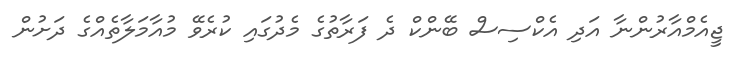
ޖީއެމްއާރުންނާ އަދި އެކްސިސް ބޭންކް ދެ ފަރާތުގެ މެދުގައި ކުރެވޭ މުއާމަލާތެއްގެ ދަށުން